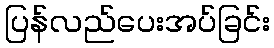
ပြန်လည်ပေးအပ်ခြင်း